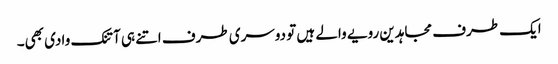
ایک طرف مجاہدین رویے والے ہیں تو دوسری طرف اتنے ہی آتنک وادی بھی۔